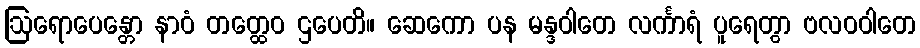
ဩရောပေန္တော နာဝံ တတ္ထေဝ ဌပေတိ။ ဆေကော ပန မန္ဒဝါတေ လင်္ကာရံ ပူရေတွာ ဗလဝဝါတေ